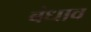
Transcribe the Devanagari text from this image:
बंधाव